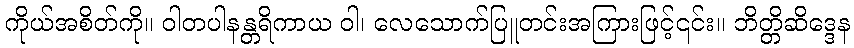
ကိုယ်အစိတ်ကို။ ဝါတပါနန္တရိကာယ ဝါ၊ လေသောက်ပြူတင်းအကြားဖြင့်၎င်း။ ဘိတ္တိဆိဒ္ဒေန